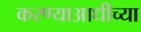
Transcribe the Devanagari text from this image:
करण्याआधीच्या